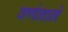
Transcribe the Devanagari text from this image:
वर्णनाने